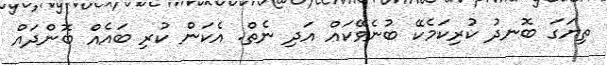
ތިޔަގަ ބޮނދު ކުރިކަމެކޭ ބުނެވޭކައް އަދި ނެތް. އެކަން ކުރި ބައެއް ބޮންދައް